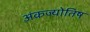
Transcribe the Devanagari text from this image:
अंकज्योतिष